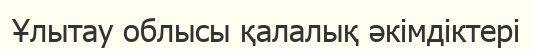
Ұлытау облысы қалалық әкімдіктері